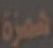
همزة